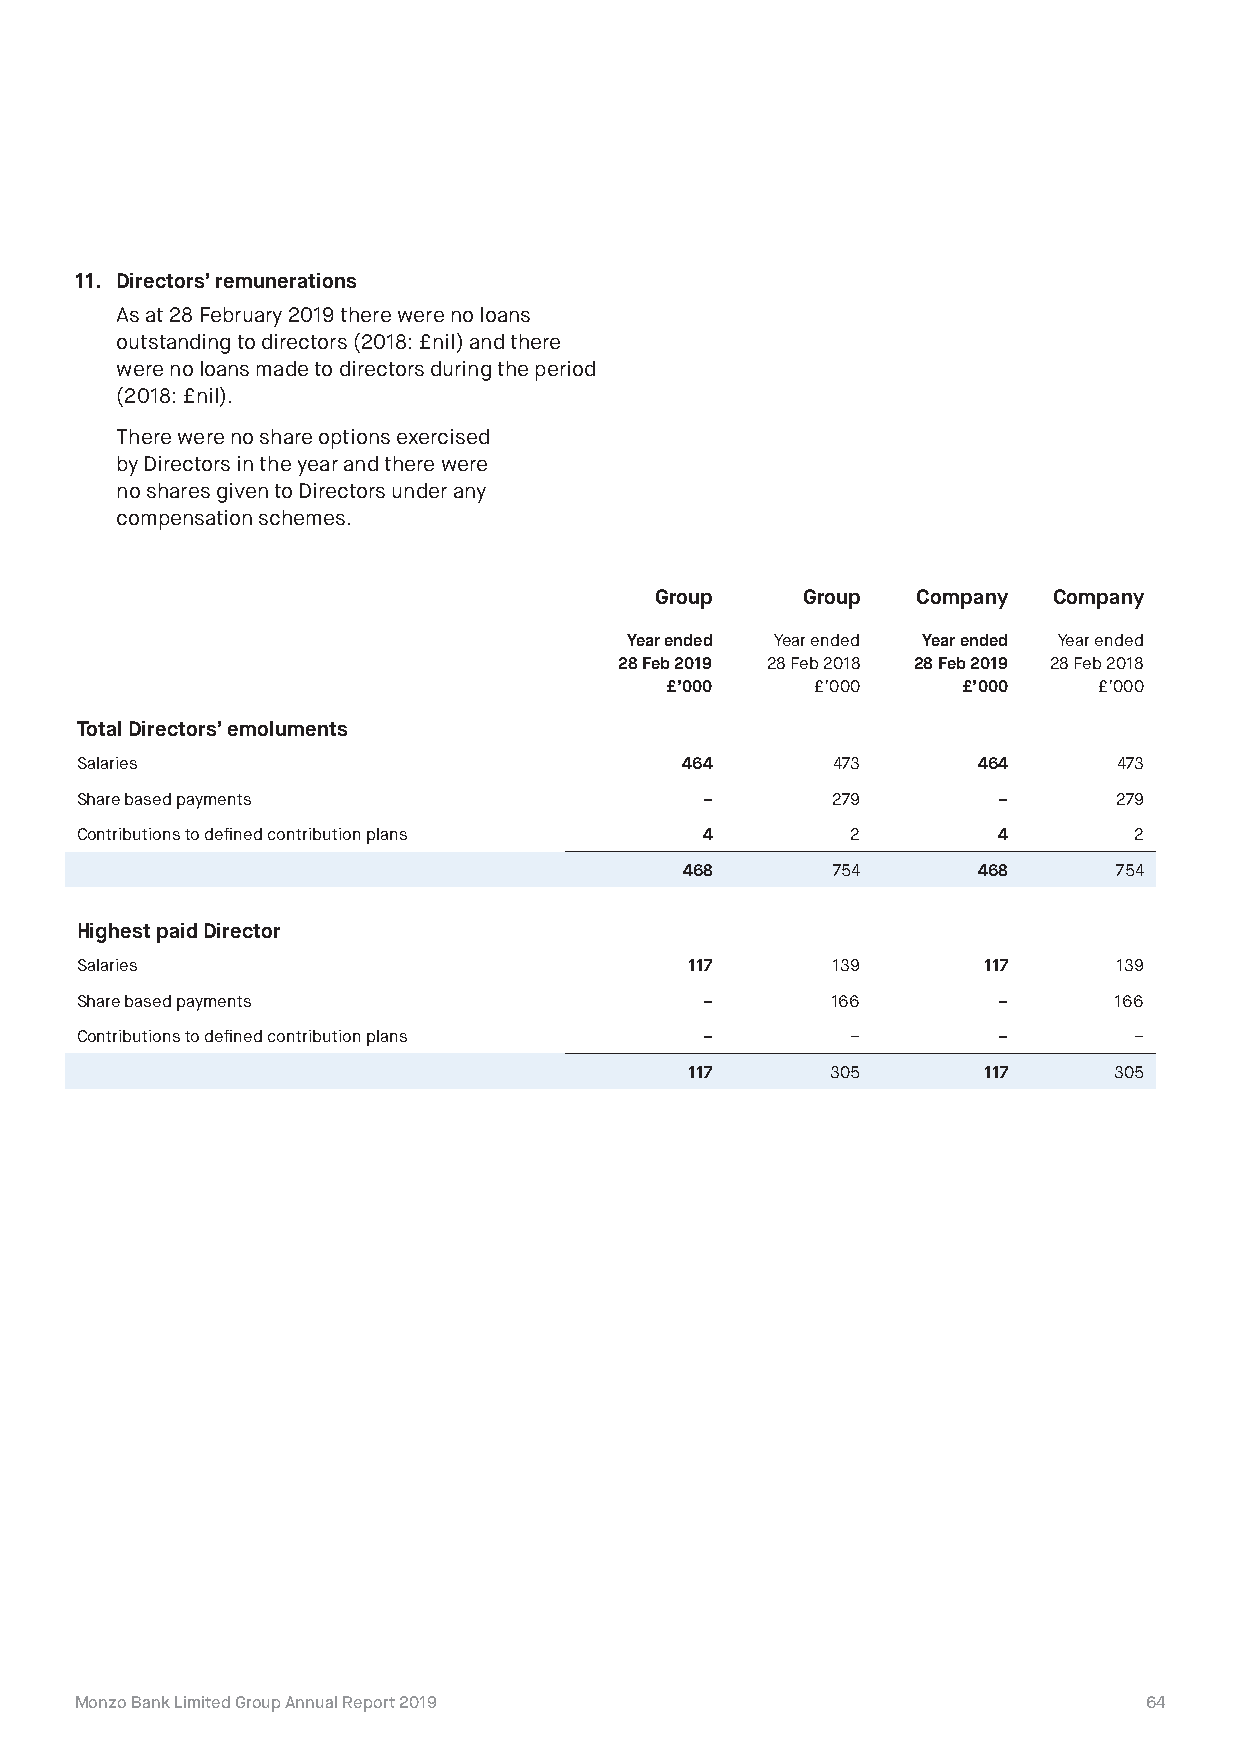
11. Directors’ remunerations
 As at 28 February 2019 there were no loans
 outstanding to directors (2018: £nil) and there
 were no loans made to directors during the period
 (2018: £nil).
 There were no share options exercised
 by Directors in the year and there were
 no shares given to Directors under any
 compensation schemes.
 Group     Group   Company  Company
 Year ended Year ended Year ended Year ended
 28 Feb 2019 28 Feb 2018 28 Feb 2019 28 Feb 2018
 £’000     £’000     £’000    £’000
 Total Directors’ emoluments
 Salaries                                464       473       464      473
 Share based payments                      –       279        –       279
 Contributions to defined contribution plans 4      2         4        2
 468       754       468      754
 Highest paid Director
 Salaries                                 117      139       117      139
 Share based payments                      –       166        –       166
 Contributions to defined contribution plans –      –         –        –
 117      305       117      305
 Monzo Bank Limited Group Annual Report 2019                            64